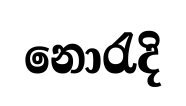
නොරැදි